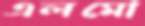
এলমো